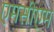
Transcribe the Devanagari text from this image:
एमसीएम